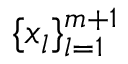
\{ x _ { l } \} _ { l = 1 } ^ { m + 1 }